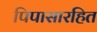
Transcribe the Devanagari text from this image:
पिपासारहित